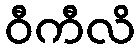
ဝီကီလိ